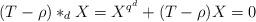
LaTeX: \begin{align*}(T-\rho)*_dX=X^{q^d}+(T-\rho)X=0\end{align*}